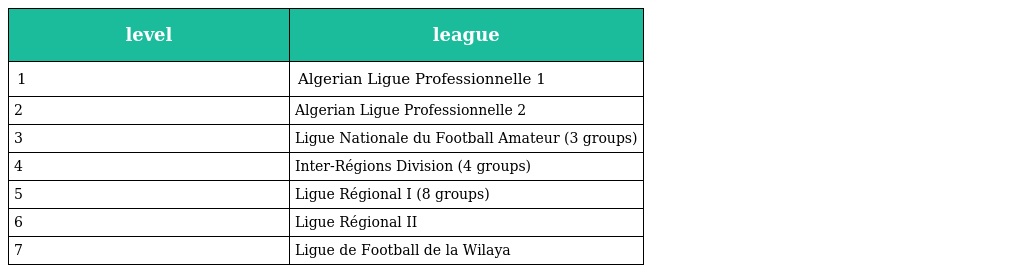
| level | league |
 | --- | --- |
 | 1 | Algerian Ligue Professionnelle 1 |
 | 2 | Algerian Ligue Professionnelle 2 |
 | 3 | Ligue Nationale du Football Amateur (3 groups) |
 | 4 | Inter-Régions Division (4 groups) |
 | 5 | Ligue Régional I (8 groups) |
 | 6 | Ligue Régional II |
 | 7 | Ligue de Football de la Wilaya |